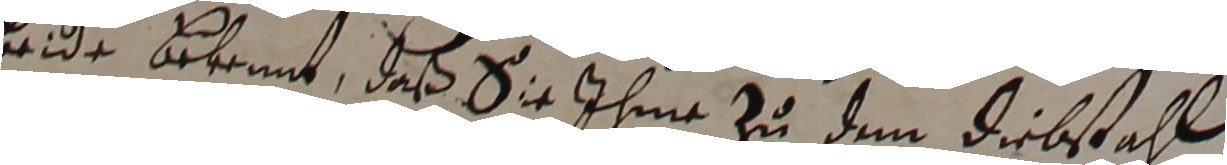
beide bekennt, daß sie ihme zu dem diebstahl